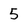
Character: 5